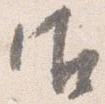
御